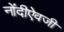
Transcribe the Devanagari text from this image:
नोंदीऐवजी